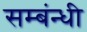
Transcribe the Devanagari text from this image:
सम्बंन्धी